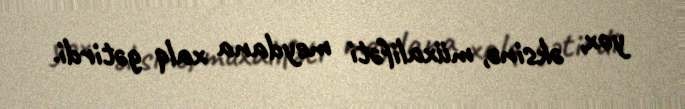
yox, əksinə, müxalifəti meydana xalq gətirdi.